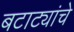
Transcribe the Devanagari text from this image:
बटाट्यांचे